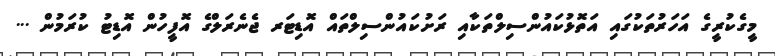
މީގެކުރީގެ އަހަރުތަކުގައި އަތޮޅުކައުންސިލްތަކާއި ރަށުކައުންސިލްތައް އޮޑިޓަރ ޖެނެރަލްގެ އޮފީހުން އޮޑިޓު ކުރަމުން ...